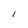
Character: 1